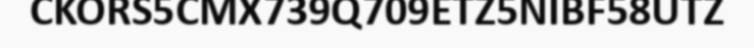
CKORS5CMX739Q709ETZ5NIBF58UTZ